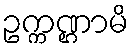
ဥက္ကဏ္ဌာမိ